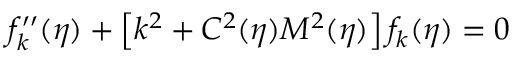
f _ { k } ^ { \prime \prime } ( \eta ) + \left[ k ^ { 2 } + C ^ { 2 } ( \eta ) M ^ { 2 } ( \eta ) \right] f _ { k } ( \eta ) = 0